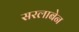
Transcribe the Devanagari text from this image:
सरलाबेन